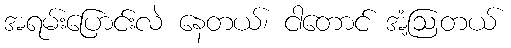
အရမ်းပြောင်းလဲ နေတယ်၊ ငါတောင် အံ့ဩတယ်